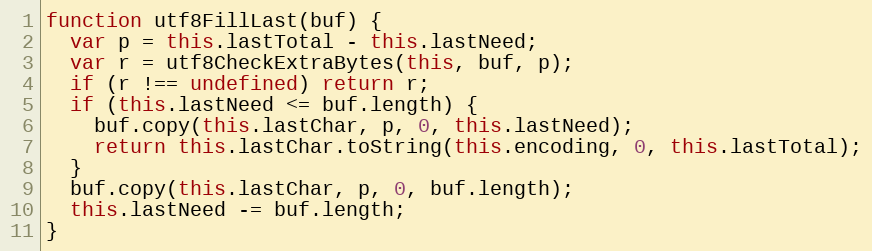
Language: JavaScript
function utf8FillLast(buf) {
  var p = this.lastTotal - this.lastNeed;
  var r = utf8CheckExtraBytes(this, buf, p);
  if (r !== undefined) return r;
  if (this.lastNeed <= buf.length) {
    buf.copy(this.lastChar, p, 0, this.lastNeed);
    return this.lastChar.toString(this.encoding, 0, this.lastTotal);
  }
  buf.copy(this.lastChar, p, 0, buf.length);
  this.lastNeed -= buf.length;
}